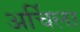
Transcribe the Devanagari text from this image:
अर्चिला